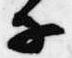
子